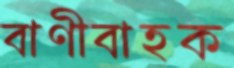
বাণীবাহক